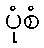
ပုံစံ